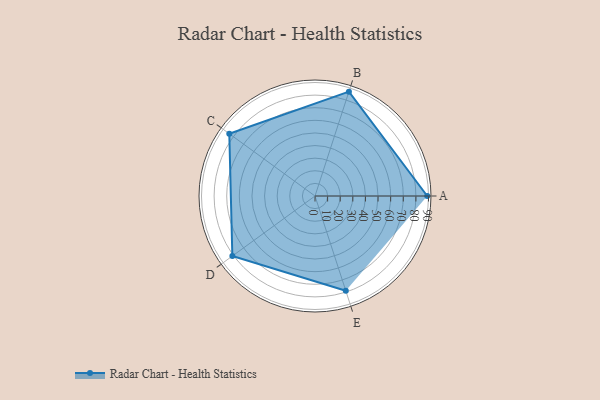
{"axis": {"x": "Skill", "y": "Score"}, "legend": ["Profile"], "data": [{"x": "A", "y": 89.0, "type": "Profile"}, {"x": "B", "y": 87.0, "type": "Profile"}, {"x": "C", "y": 84.0, "type": "Profile"}, {"x": "D", "y": 81.0, "type": "Profile"}, {"x": "E", "y": 79.0, "type": "Profile"}]}